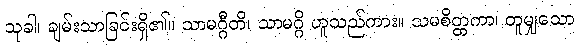
သုခါ၊ ချမ်းသာခြင်းရှိ၏။ သာမဂ္ဂီတိ၊ သာမဂ္ဂိ ဟူသည်ကား။ သမစိတ္တကာ၊ တူမျှသော